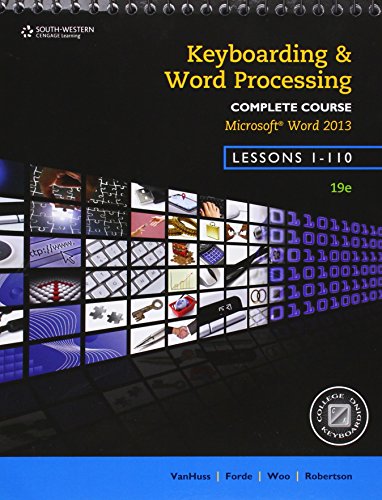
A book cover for Keyboarding and Word Processing, Complete Course, Lessons 1-110: Microsoft Word 2013: College Keyboarding; Susie H. VanHuss; Computers & Technology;